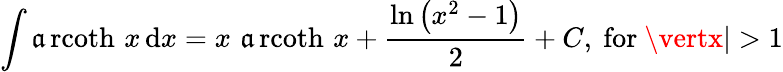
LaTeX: \int\operatorname{\mathfrak{a}rcoth}\, x\, \mathrm{d}x=x\, \operatorname{\mathfrak{a}rcoth}\, x+{\frac{{\ln\left(x^{2}-1\right)}}{{2}}}+C,{\mathrm{{~for~}}}\vertx\vert>1